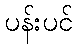
ပန်းပင်